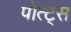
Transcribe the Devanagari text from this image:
पोत्ट्स